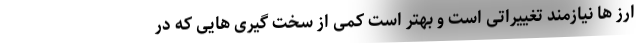
ارز ها نیازمند تغییراتی است و بهتر است کمی از سخت گیری هایی که در